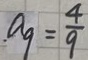
a _ { 9 } = \frac { 4 } { 9 }